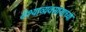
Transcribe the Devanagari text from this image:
वेश्याव्यवसायाच्या